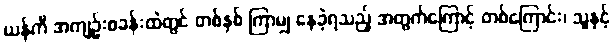
ယန်ကီ အကျဉ်းစခန်းထဲတွင် တစ်နှစ် ကြာမျှ နေခဲ့ရသည့် အတွက်ကြောင့် တစ်ကြောင်း၊ သူနှင့်